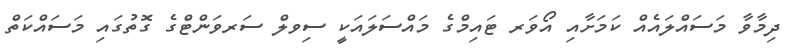
ދިމާވާ މަސައްލައެއް ކަމަށާއި އޯވަރ ޓައިމްގެ މައްސަލައަކީ ސިވލް ސަރވަންޓްގެ ގޮތުގައި މަސައްކަތް